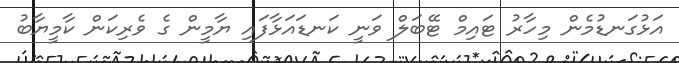
އަޅުގަނޑުމެން މިހާރު ޓައިމް ޓޭބަލް ވަނީ ކަނޑައަޅާފައި ޔާމީން ގެ ވެރިކަން ކާމީޔާބު